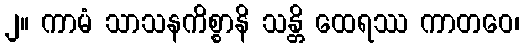
၂။ ကာမံ သာသနကိစ္စာနိ သန္တိ ထေရဿ ကာတဝေ၊